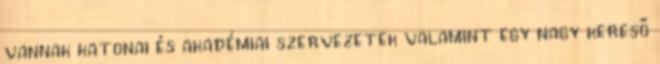
vannak katonai és akadémiai szervezetek valamint egy nagy kereső